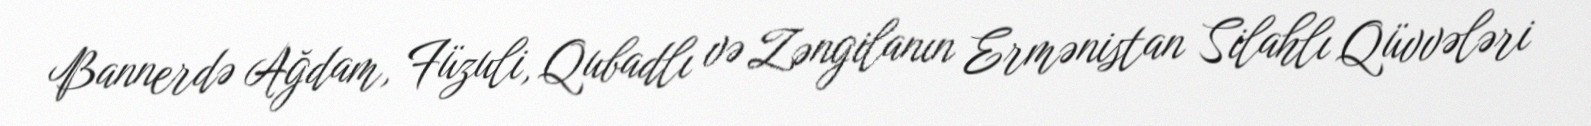
Bannerdə Ağdam, Füzuli, Qubadlı və Zəngilanın Ermənistan Silahlı Qüvvələri